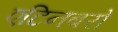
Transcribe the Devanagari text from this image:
एटिनबरो